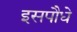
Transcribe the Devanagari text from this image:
इसपौधे